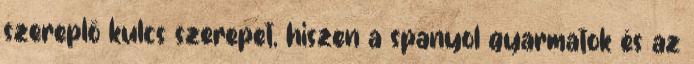
szereplő kulcs szerepet, hiszen a spanyol gyarmatok és az